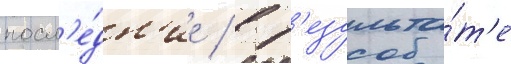
посл'е́дн'ие / в р'езульта́т'е